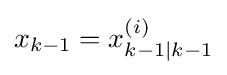
x_{k-1}=x_{k-1|k-1}^{(i)}